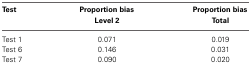
<table><thead><tr><td><b>Test</b></td><td><b>Proportion bias Level 2</b></td><td><b>Proportion bias Total</b></td></tr></thead><tbody><tr><td>Test 1</td><td>0.071</td><td>0.019</td></tr><tr><td>Test 6</td><td>0.146</td><td>0.031</td></tr><tr><td>Test 7</td><td>0.090</td><td>0.020</td></tr></tbody></table>